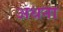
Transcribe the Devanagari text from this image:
अधना